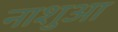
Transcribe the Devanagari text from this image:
नाशुआ